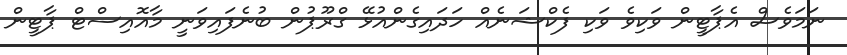
ނަމަވެސް އެޕާޓީން ވަކިވެ ވަކި ފެކްޝަނެއް ހަދައިގެންއުޅޭ ގްރޫޕުން ބުނެފައިވަނީ މާއޮއިސްޓް ޕާޓީން